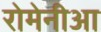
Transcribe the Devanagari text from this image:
रोमेनीआ